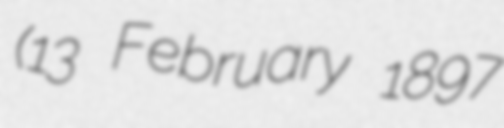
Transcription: (13 February 1897